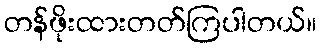
တန်ဖိုးထားတတ်ကြပါတယ်။